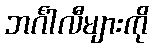
ဘင်္ဂါလီများကို